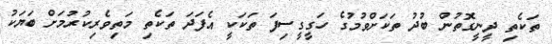
ތަކެތި ދީނީގޮތުން ބުދު ތަކަށްވުމުގެ ހަގީގީސިފަ ތަކަކީ އެފަދަ ތަކެތި މަތިވެރިކުރުމަށް ބަޔަކު